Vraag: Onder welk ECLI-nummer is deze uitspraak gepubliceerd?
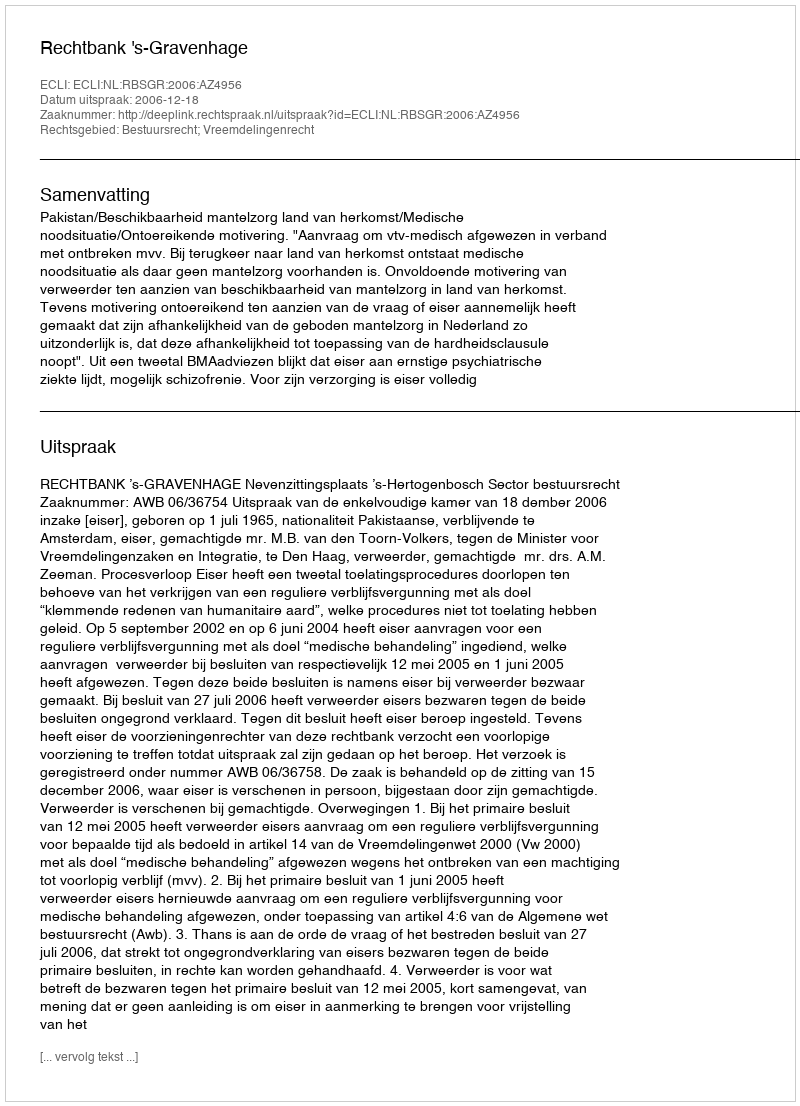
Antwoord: ECLI:NL:RBSGR:2006:AZ4956